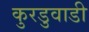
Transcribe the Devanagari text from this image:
कुरडुवाडी